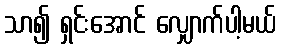
သာ၍ ရှင်းအောင် လျှောက်ပါ့မယ်